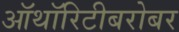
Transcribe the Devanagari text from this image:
ऑथॉरिटीबरोबर